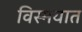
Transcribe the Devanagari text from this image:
विस्मयात